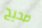
صحيح